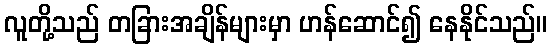
လူတို့သည် တခြားအချိန်များမှာ ဟန်ဆောင်၍ နေနိုင်သည်။